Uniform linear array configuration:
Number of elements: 32
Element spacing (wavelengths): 0.5
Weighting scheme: kaiser
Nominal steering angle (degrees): -15
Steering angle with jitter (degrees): -13.577
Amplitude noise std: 0.05
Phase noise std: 0.05

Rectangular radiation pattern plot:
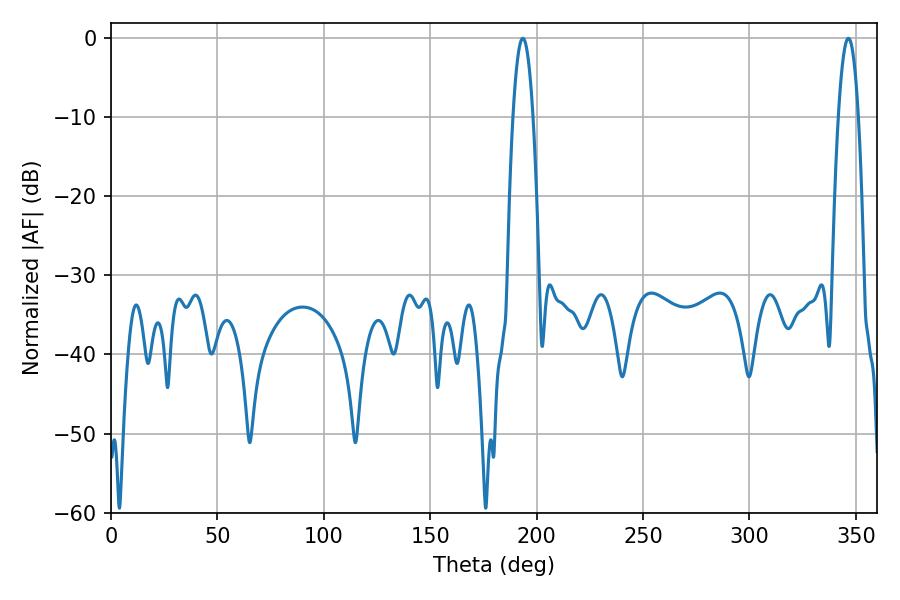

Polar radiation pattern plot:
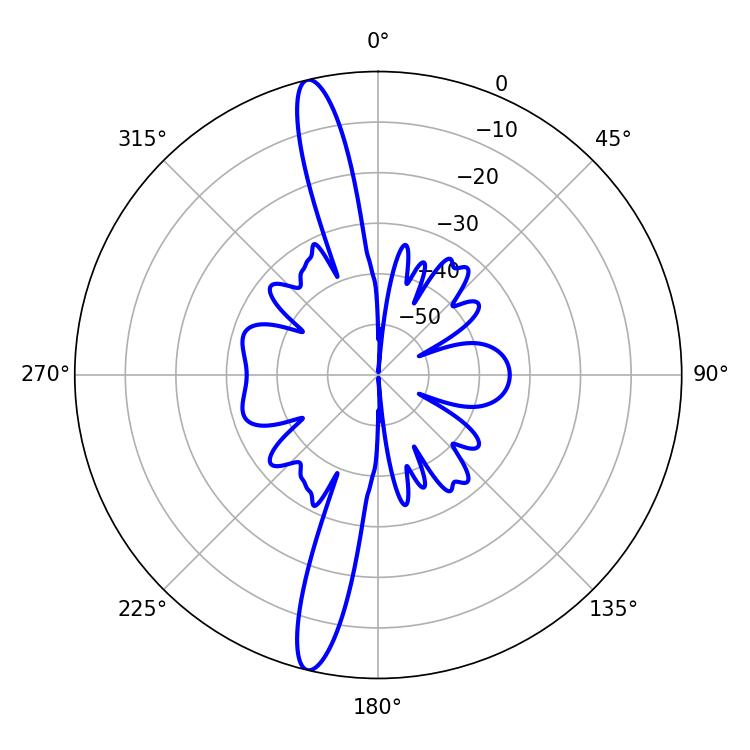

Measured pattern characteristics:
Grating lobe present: FALSE
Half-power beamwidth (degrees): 5.22
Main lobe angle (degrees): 193.5